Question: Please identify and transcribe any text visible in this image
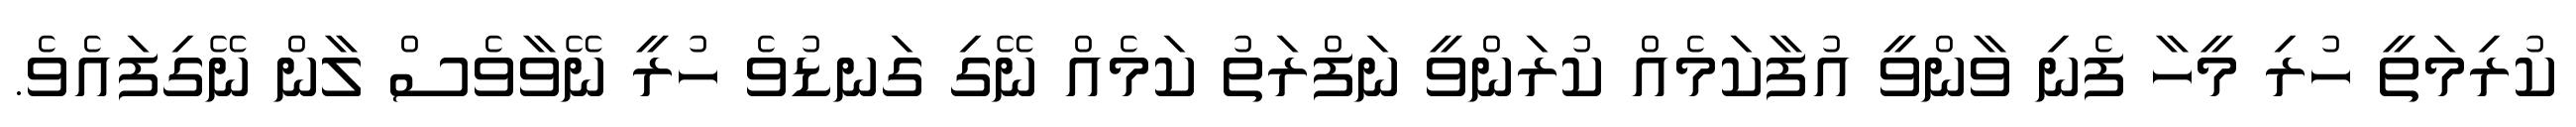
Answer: ކުރިމަތީ ހުރި މީހާ ފެނި ވާންވީ އުފާކަމެއް ކުރަންވީ ނަފްރަތު ކަމެއް ނޭގި ގަނޑުވެ ހުރީ ނޭވާވެސް ލާން ނޭގިފައެވެ.